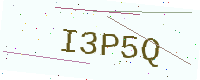
Text: I3P5Q